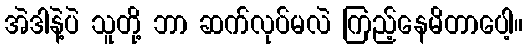
အဲဒါနဲ့ပဲ သူတို့ ဘာ ဆက်လုပ်မလဲ ကြည့်နေမိတာပေါ့။